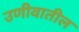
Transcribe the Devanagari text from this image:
उणीवातील